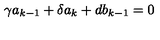
\gamma a _ { k - 1 } + \delta a _ { k } + d b _ { k - 1 } = 0